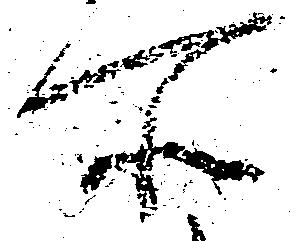
所